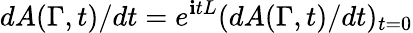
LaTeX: dA(\Gamma,t)/dt=e^{\mathbf{i}tL}(dA(\Gamma,t)/dt)_{t=0}